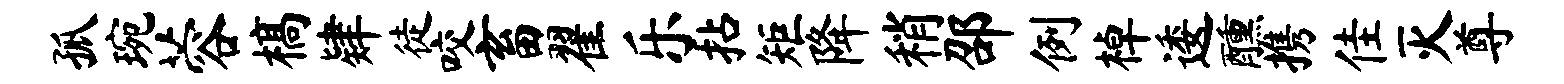
孤琬蓉槁肄徒咬畜翟乐拈矩降稍邵例棹逶醺携佳灭尊